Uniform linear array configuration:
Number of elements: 32
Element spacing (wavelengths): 1
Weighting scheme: hann
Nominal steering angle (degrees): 30
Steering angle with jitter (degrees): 31.709
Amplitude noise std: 0.05
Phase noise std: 0.05

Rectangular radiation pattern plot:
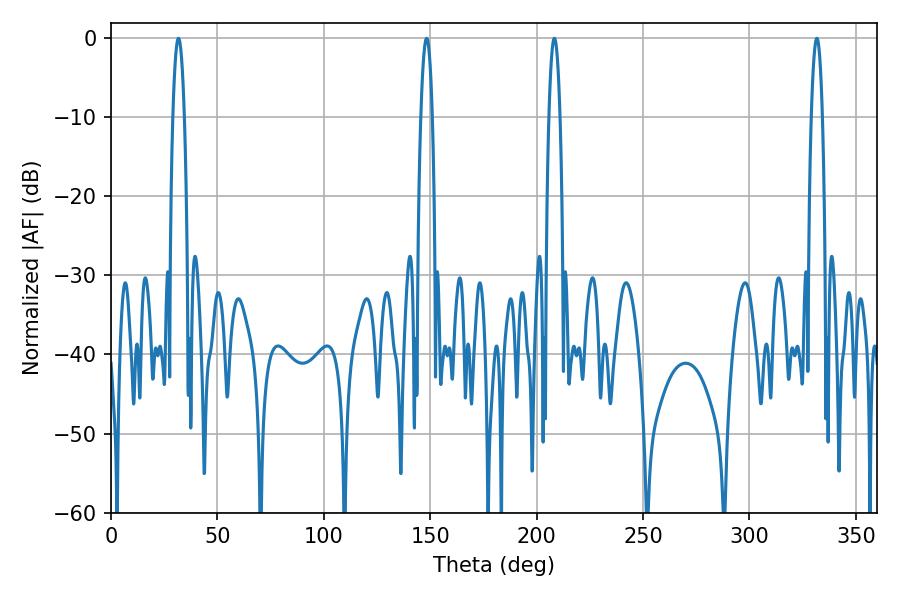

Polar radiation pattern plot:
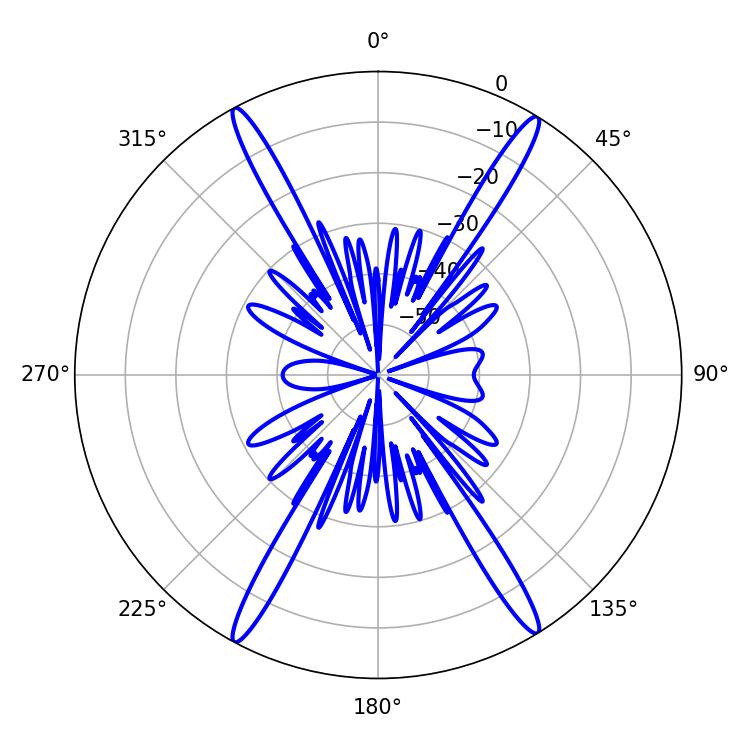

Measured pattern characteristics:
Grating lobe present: TRUE
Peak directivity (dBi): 24.218
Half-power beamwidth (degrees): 2.88
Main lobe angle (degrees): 31.68